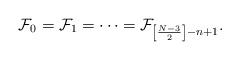
LaTeX: \begin{align*}{\cal F}_0={\cal F}_1=\cdots ={\cal F}_{\left[ \frac{N-3}{2}\right]-n+1}.\end{align*}